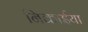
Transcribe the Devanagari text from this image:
निकाईया